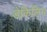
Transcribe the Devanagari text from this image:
डेकिलिंग